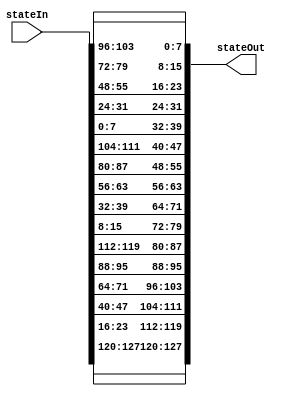
module InvShiftRows(
stateIn,
stateOut
);

input wire[127:0] stateIn;
output wire[127:0] stateOut;


//Shifting stateIn [0]
assign stateOut [127:120] = stateIn [127:120];
assign stateOut [95:88] = stateIn [95:88];
assign stateOut [63:56] = stateIn [63:56];
assign stateOut [31:24] = stateIn [31:24];

//Shifting stateIn [1]
assign stateOut [119:112] = stateIn [23:16];
assign stateOut [87:80] = stateIn [119:112];
assign stateOut [55:48] = stateIn [87:80];
assign stateOut [23:16] = stateIn [55:48];

//Shifting stateIn [2]
assign stateOut [111:104] = stateIn [47:40];
assign stateOut [79:72] =stateIn [15:8];
assign stateOut [47:40] = stateIn [111:104];
assign stateOut [15:8] = stateIn [79:72];

//Shifting stateIn [3]
assign stateOut [103:96] = stateIn [71:64];
assign stateOut [71:64] = stateIn [39:32];
assign stateOut [39:32] = stateIn [7:0];
assign stateOut [7:0] = stateIn [103:96];

endmodule